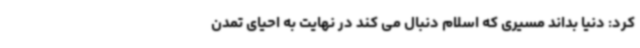
کرد: دنیا بداند مسیری که اسلام دنبال می کند در نهایت به احیای تمدن